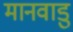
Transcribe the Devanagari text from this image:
मानवाडु